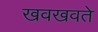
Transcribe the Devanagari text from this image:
खवखवते